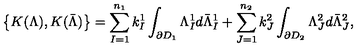
\left\{ K ( \Lambda ) , K ( \bar { \Lambda } ) \right\} = \sum _ { I = 1 } ^ { n _ { 1 } } k _ { I } ^ { 1 } \int _ { \partial D _ { 1 } } \Lambda _ { I } ^ { 1 } d \bar { \Lambda } _ { I } ^ { 1 } + \sum _ { J = 1 } ^ { n _ { 2 } } k _ { J } ^ { 2 } \int _ { \partial D _ { 2 } } \Lambda _ { J } ^ { 2 } d \bar { \Lambda } _ { J } ^ { 2 } ,